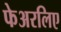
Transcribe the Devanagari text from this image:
फेअरलिए